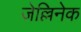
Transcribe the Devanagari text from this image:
जेल्लिनेक